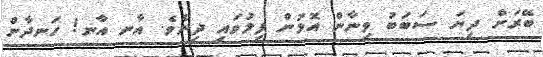
ބޭރަށް ދިޔަ ސަބަބު ވިނާން އޮޅުން ފިލުވައި ދިނެވެ. އާނ އާނ! ހަނދާން